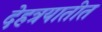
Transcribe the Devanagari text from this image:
देहत्रयातीत